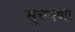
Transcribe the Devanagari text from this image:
सुचवणी